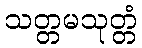
သတ္တမသုတ္တံ